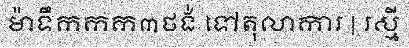
ម៉ាទឹកកក៣ថង់ ទៅតុលាការ | រស្មី